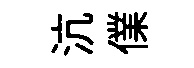
沆㒒